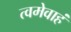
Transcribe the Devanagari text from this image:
त्वमेवाहं